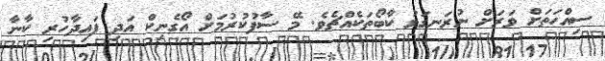
ސިއްހަތަށް ވަރަށް ނުރަނގަޅު ކާބޯތަކެއްޗެވެ. މޭ ސާފުކުރުމަށް އޯގެނިކް އަދި ފައިދާހުރި ކާނާ